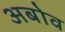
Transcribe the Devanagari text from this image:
अबोव